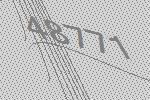
48771